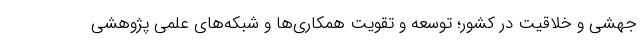
جهشی و خلاقیت در کشور؛ توسعه و تقویت همکاری‌ها و شبکه‌های علمی پژوهشی